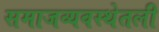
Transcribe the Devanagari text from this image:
समाजव्यवस्थेतली